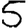
Digit: 5